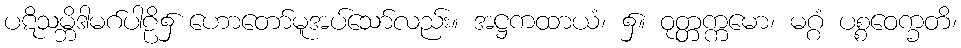
ပဋိသမ္ဘိဒါမဂ်ပါဠိ၌ ဟောတော်မူအပ်သော်လည်း။ အဋ္ဌကထာယံ၊ ၌။ ဝုတ္တက္ကမော၊ မဂ္ဂံ ပစ္စဝေက္ခတိ၊